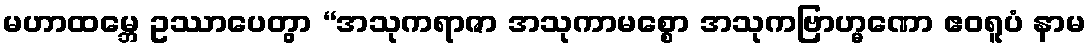
မဟာထမ္ဘေ ဥဿာပေတွာ “အသုကရာဇာ အသုကာမစ္စော အသုကဗြာဟ္မဏော ဧဝရူပံ နာမ